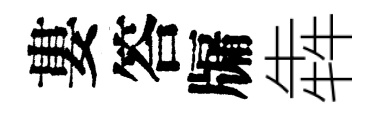
婁答牖犇